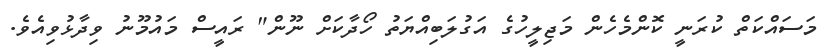
މަސައްކަތް ކުރަނީ ކޮންމެހެން މަޖިލީހުގެ އަގުލަބިއްޔަތު ހޯދާކަށް ނޫން" ރައީސް މައުމޫނު ވިދާޅުވިއެވެ.